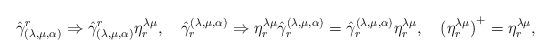
LaTeX: \begin{align*}{\hat{\gamma}}_{(\lambda,\mu,\alpha)}^{r}\Rightarrow{\hat{\gamma}}_{(\lambda,\mu,\alpha)}^{r}\eta_{r}^{\lambda\mu},\quad{\hat{\gamma}}^{(\lambda,\mu,\alpha)}_{r}\Rightarrow\eta_{r}^{\lambda\mu}{\hat{\gamma}}^{(\lambda,\mu,\alpha)}_{r}={\hat{\gamma}}^{(\lambda,\mu,\alpha)}_{r}\eta_{r}^{\lambda\mu},\quad{(\eta_{r}^{\lambda\mu})}^{+}=\eta_{r}^{\lambda\mu},\end{align*}